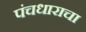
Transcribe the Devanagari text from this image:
पंचधाराचा